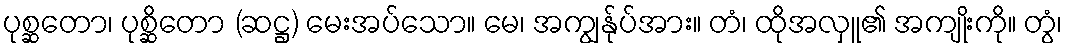
ပုစ္ဆတော၊ ပုစ္ဆိတော (ဆဋ္ဌ) မေးအပ်သော။ မေ၊ အကျွန်ုပ်အား။ တံ၊ ထိုအလှူ၏ အကျိုးကို။ တွံ၊